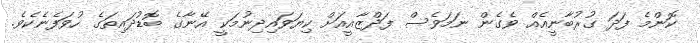
ކޮންމެ ފަދަ ގުރުބާނީއެއް ވެގެން ނަމަވެސް ފަދްޒާއީއަށް ކިޔަވައިދިނުމަކީ އޭނާގެ ބޮޑުދައިތަގެ ހުވަފެނެކެވެ.